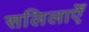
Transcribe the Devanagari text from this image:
सलिलाएँ